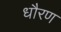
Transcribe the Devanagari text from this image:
धौरण